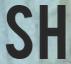
SH